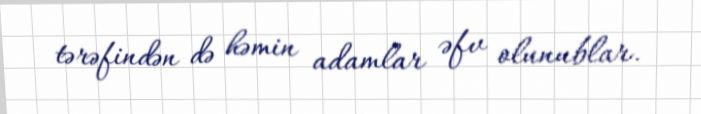
tərəfindən də həmin adamlar əfv olunublar.